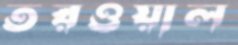
তরওয়াল